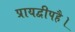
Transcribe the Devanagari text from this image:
प्रायद्वीपहै।